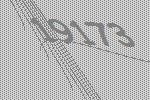
19173